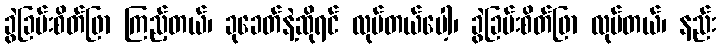
ခွဲခြမ်းစိတ်ဖြာ ကြည့်တယ်၊ ခုခေတ်နဲ့ဆိုရင် လုပ်တယ်ပေါ့၊ ခွဲခြမ်းစိတ်ဖြာ လုပ်တယ်၊ နည်း